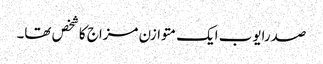
صدرایوب ایک متوازن مزاج کاشخص تھا۔